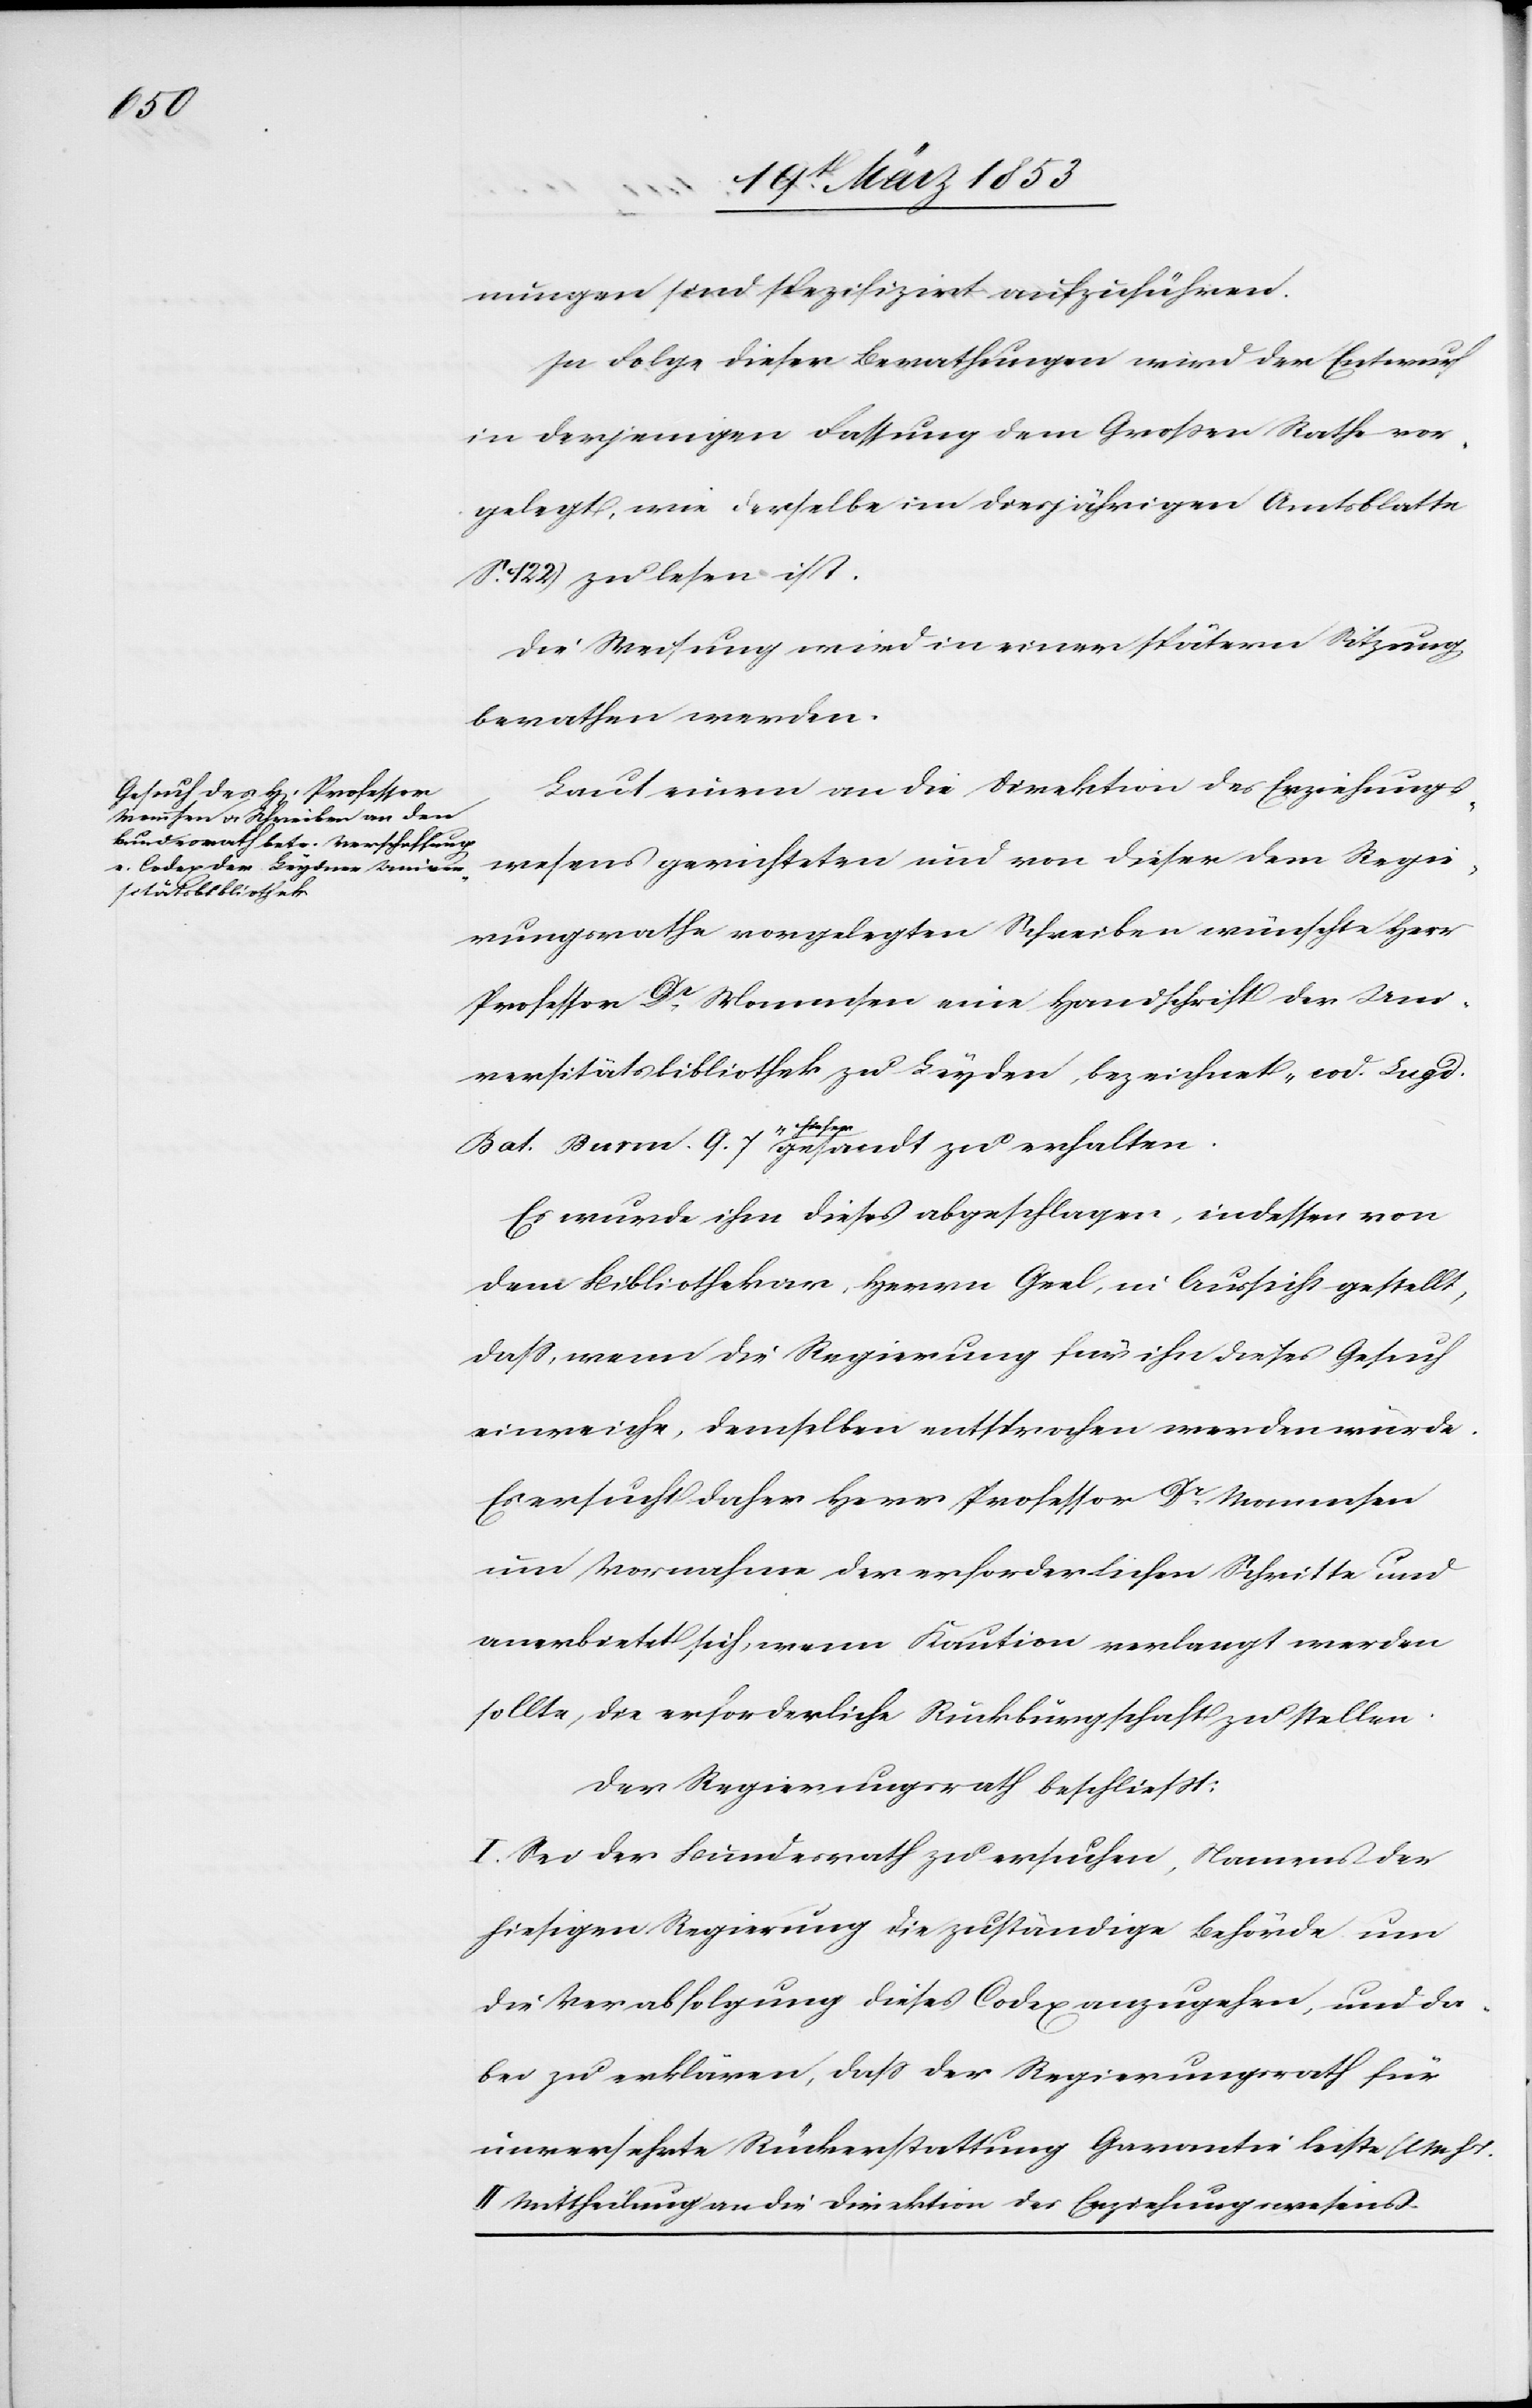
nungen sind spezifizirt aufzuführen.
In Folge dieser Bestellungen wird der Entwurf
in derjenigen Fassung dem Großen Rathe vor¬
gelegt, wie derselbe im diesjährigen Amtsblatte
122) zu lesen ist.
Die Weisung wird in einer spätern Sitzung
berathen werden.
Laut einem an die Direktion des Erziehungs¬
wesens gerichteten und von dieser dem Regie¬
rungsrathe vorgelegten Schreiben wünschte Herr
Professor Dr. Mommsen eine Handschrift der Uni¬
versitätsbibliothek zu Leyden, bezeichnet „cod. Lugd.
Bat. Burm. 9. 7“ hieher gesandt zu erhalten.
Es wurde ihm dieses abgeschlagen, indessen von
dem Bibliothekar, Herrn Grel, in Aussicht gestellt,
daß, wenn die Regierung für ihn dieses Gesuch
einreiche, demselben entsprochen werden würde.
Es ersucht daher Herr Professor Dr. Mommsen
um Vornahme der erforderlichen Schritte und
anerbietet sich, wenn Kaution verlangt werden
sollte, die erforderliche Rückbürgschaft zu stellen.
Der Regierungsrath beschließt:
I. Sei der Bundesrath zu ersuchen, Namens der
hiesigen Regierung die zuständige Behörde um
die Verabfolgung dieses Codex anzugehen, und da¬
bei zu erklären, daß der Regierungsrath für
unversehrte Rückerstattung Garantie leiste [l.
II. Mittheilung an die Direktion des Erziehungswesens.